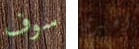
سوف الخيري